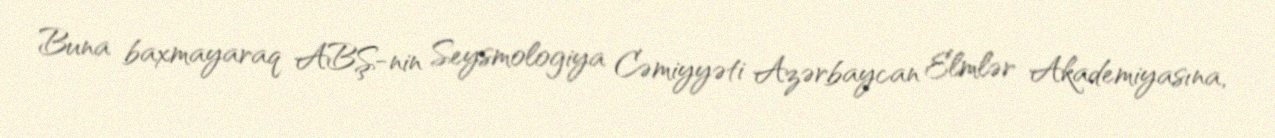
Buna baxmayaraq ABŞ-nin Seysmologiya Cəmiyyəti Azərbaycan Elmlər Akademiyasına,